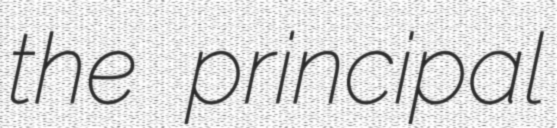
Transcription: the principal